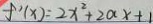
f ^ { \prime } ( x ) = 2 x ^ { 2 } + 2 a x + 1